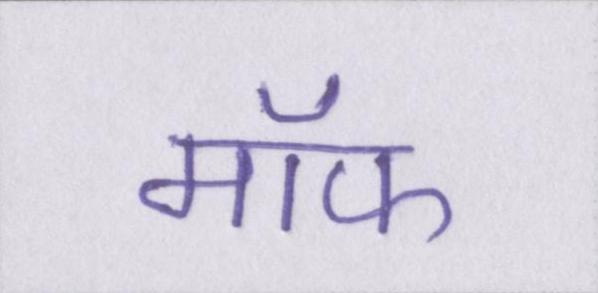
मॉफ